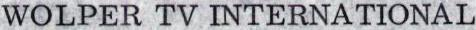
WOLPER TV INTERNATIONAL